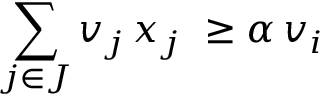
\sum _ { j \in J } v _ { j } \, x _ { j } \ \geq \alpha \, v _ { i }